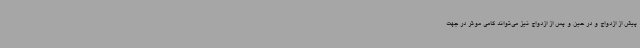
پیش از ازدواج و در حین و پس از ازدواج نیز می‌تواند گامی موثر در جهت